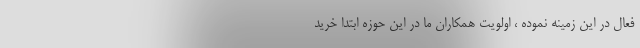
فعال در این زمینه نموده ، اولویت همکاران ما در این حوزه ابتدا خرید